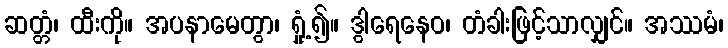
ဆတ္တံ၊ ထီးကို။ အပနာမေတွာ၊ ရှုံ့၍။ ဒွါရေနေဝ၊ တံခါးဖြင့်သာလျှင်။ အဿမံ၊